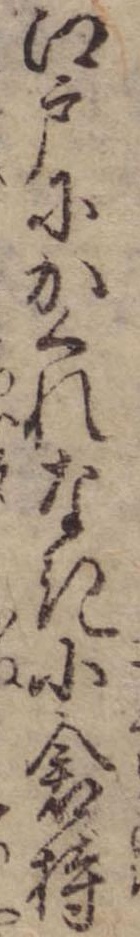
江戸にかくれなき小倉持